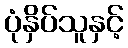
ပုံနှိပ်သူနှင့်